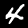
Digit: 4